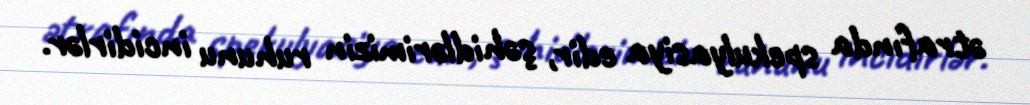
ətrafında spekulyasiya edir, şəhidlərimizin ruhunu incidirlər.